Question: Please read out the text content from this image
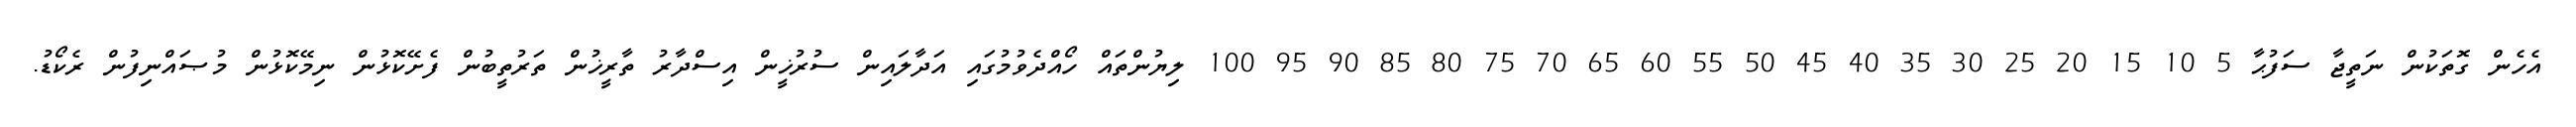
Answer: އެހެން ގޮތަކުން ނަތީޖާ ސަފުޙާ 5 10 15 20 25 30 35 40 45 50 55 60 65 70 75 80 85 90 95 100 ލިޔުންތައް ހޯއްދެވުމުގައި އަދާލައިން ސުރުޚީން އިސްދާރު ތާރީޚުން ތަރުތީބުން ފެށޭކޮޅުން ނިމޭކޮޅުން މުޞައްނިފުން ރެކޯޑު.